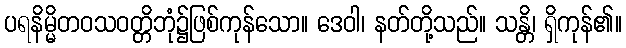
ပရနိမ္မိတဝသဝတ္တိဘုံ၌ဖြစ်ကုန်သော။ ဒေဝါ၊ နတ်တို့သည်။ သန္တိ၊ ရှိကုန်၏။